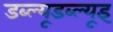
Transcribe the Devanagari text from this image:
डब्ल्यूडब्ल्यूइ